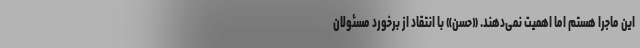
این ماجرا هستم اما اهمیت نمی‌دهند. «حسن» با انتقاد از برخورد مسئولان